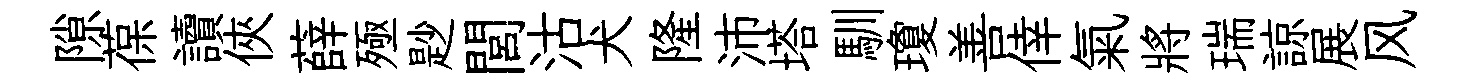
隙葆讀俠薛殛尟閭沽犬隆沛塔馴瓊善倖氣將瑞諒展风